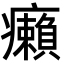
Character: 癩